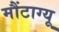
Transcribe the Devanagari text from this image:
मौंटाग्यू